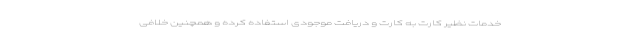
خدمات نظیر کارت به کارت و دریافت موجودی استفاده کرده و همچنین خلافی